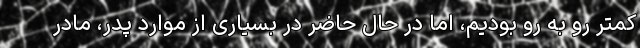
کمتر رو به رو بودیم، اما در حال حاضر در بسیاری از موارد پدر، مادر